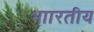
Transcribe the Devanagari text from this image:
भाारतीय